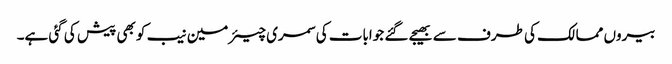
بیروں ممالک کی طرف سے بھیجے گئے جوابات کی سمری چیئرمین نیب کو بھی پیش کی گئی ہے۔